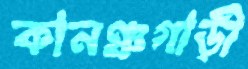
কানঞ্চগাড়ী